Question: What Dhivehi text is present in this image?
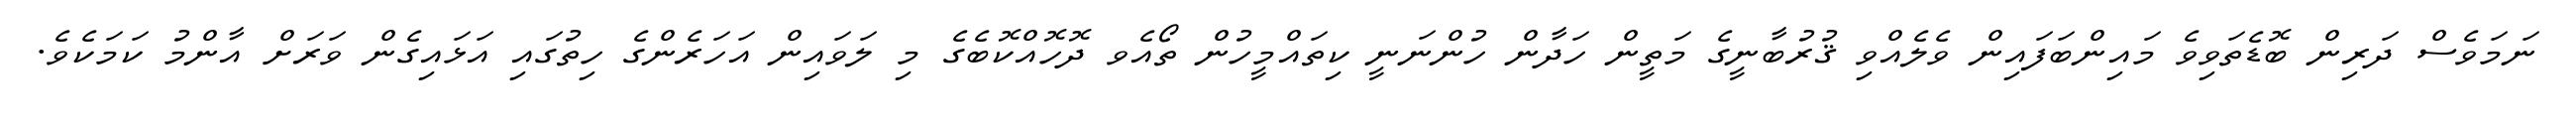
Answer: ނަމަވެސް ދަރިން ބޮޑެތަވިވެ މައިންބަފައިން ވެލެއްވި ޤުރުބާނީގެ މަތީން ހަދާން ހުންނަނީ ކިތައްމީހުން ތޯއެވ ދޮހޮއްކޮބެގެ މި ލަވައިން އަހަރެންގެ ހިތުގައި އަޅައިގެން ވަރަށް އާންމު ކަމަކެވެ.